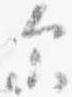
示